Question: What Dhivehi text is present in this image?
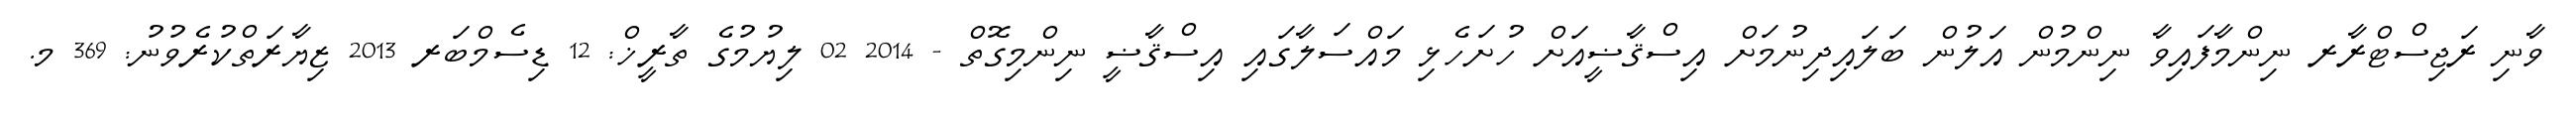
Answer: ވާނި ރަޖިސްޓްރާރ ނިންމާފައިވާ ނިންމުން އަލުން ބަލައިދިނުމަށް އިސްޤާޟީއަށް ހުށަހެޅި މައްސަލާގައި އިސްޤާޟީ ނިންމިގޮތް - 2014 02 ލިޔުމުގެ ތާރީޚް: 12 ޑިސެމްބަރ 2013 ޒިޔާރަތްކުރެވުނު: 369 މ.